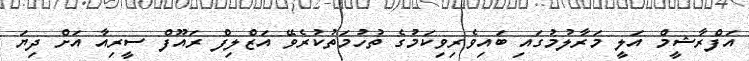
އަފްރާޝީމް އަލީ މަރާލުމުގައި ބައިވެރިވިކަމުގެ ތުހުމަތުކުރެވޭ އަޒްލިފް ރައޫފް ސީރިއާ އަށް ދިޔަ